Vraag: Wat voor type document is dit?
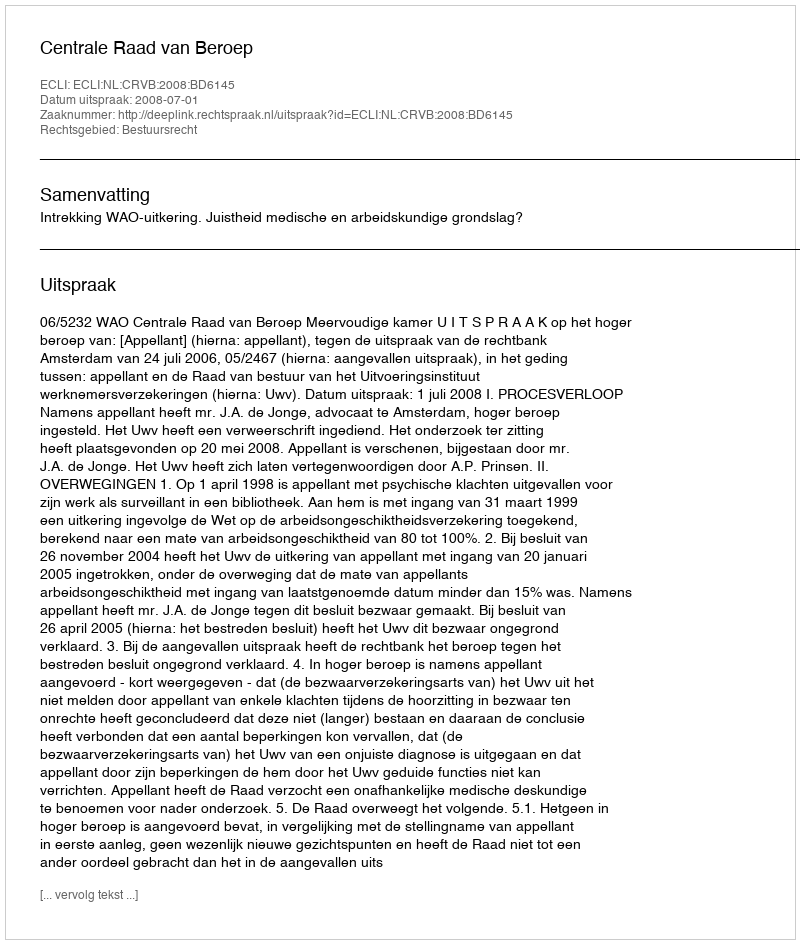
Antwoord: Uitspraak